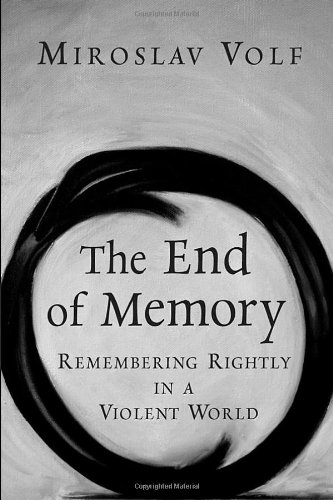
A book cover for The End of Memory: Remembering Rightly in a Violent World; Miroslav Volf; Religion & Spirituality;